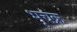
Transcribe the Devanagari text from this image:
भूचक्र